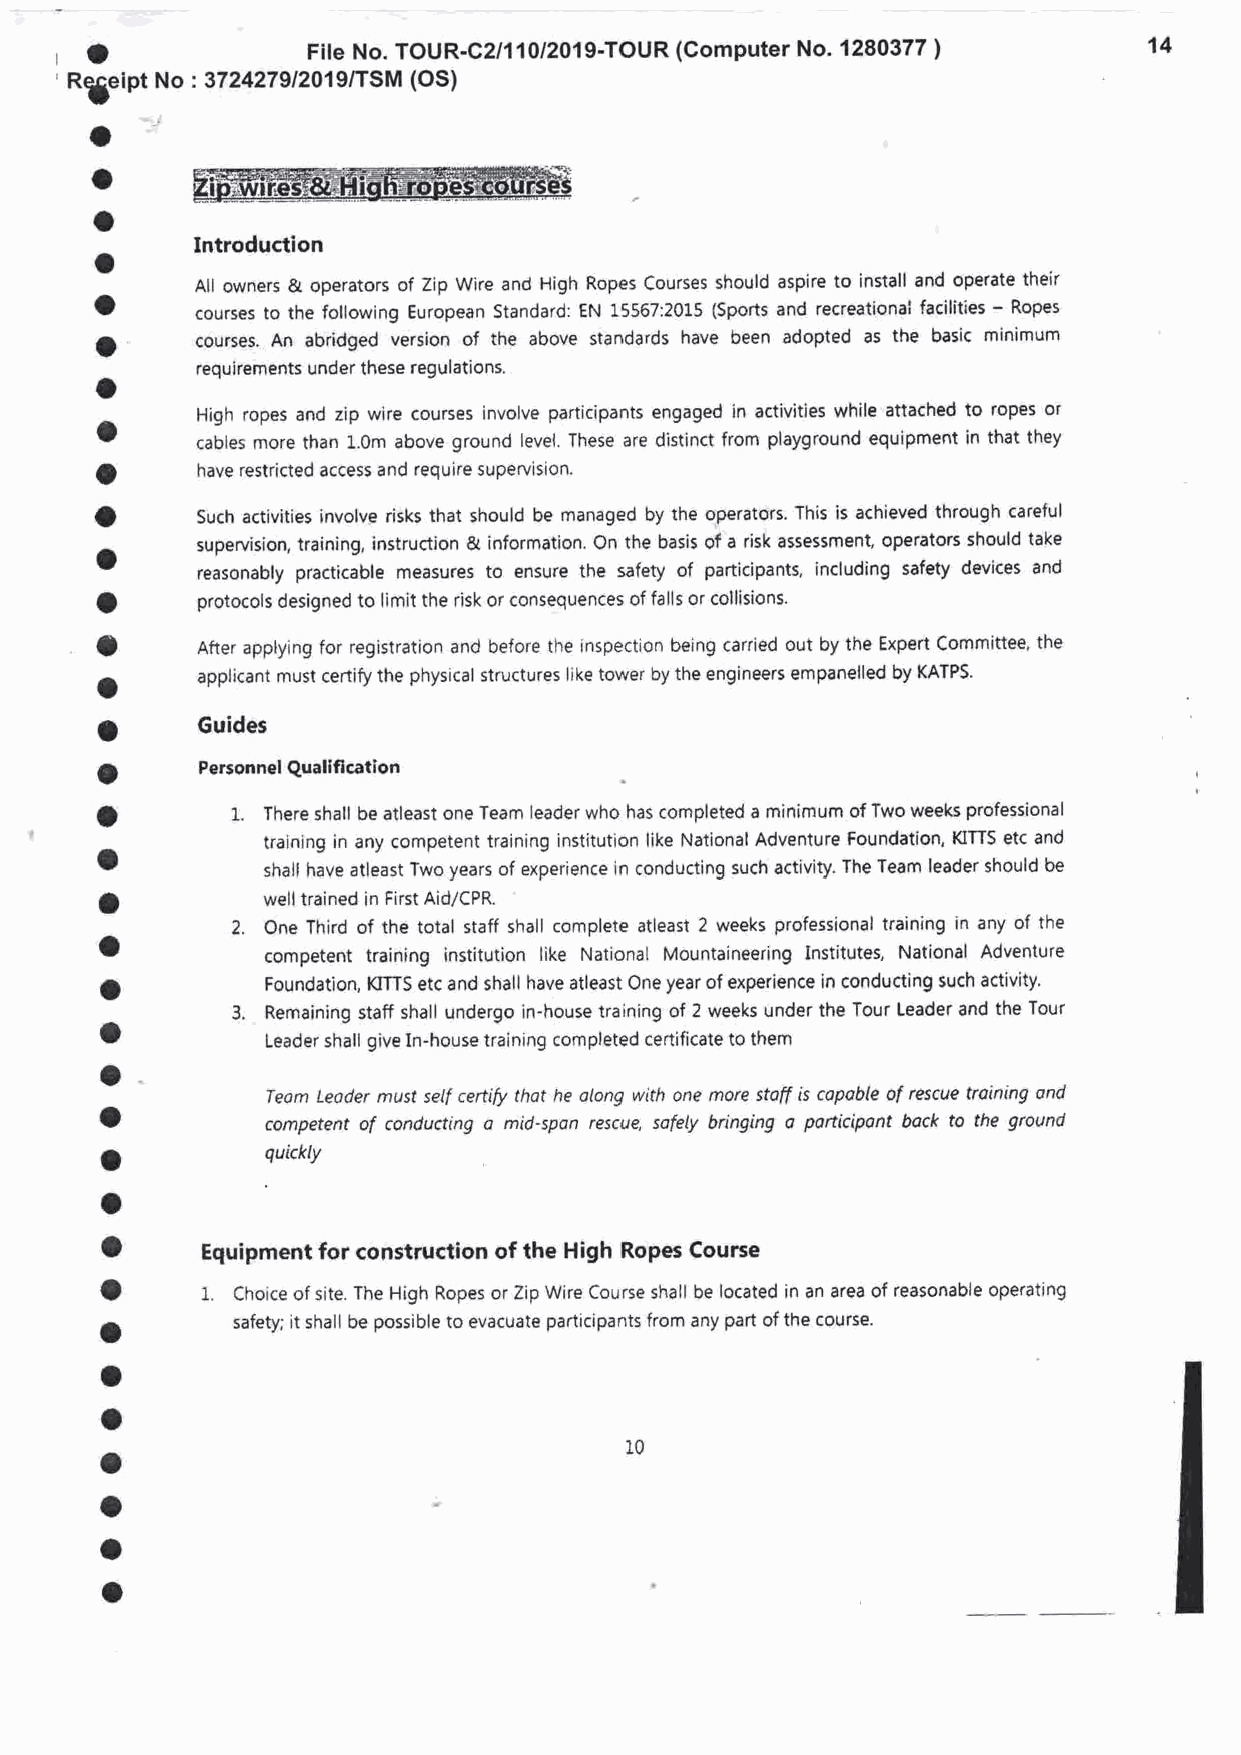
o             Fite No. TOUR-C2/1f 0/2019-TOUR (Computer No. 1280377 ) 14
 RSeiOt No : 3724279/201 9/TSM (OS)
 o
 o
 o
 Introduction
 o
 All owners & operators of Zip Wire and High Ropes Courses should aspire to install and operate their
 o
 courses to the following European Standard: EN 15567:2015 (Sports and recreationai facilities - Ropes
 o      courses. An abridged version of the above standards have been adopted as the basic minimum
 requirements under these regulations.
 o
 o      High ropes and zip wire courses involve participants engaged in activities while attached to ropes or
 cables more than t.0m above ground level. These are distinct from playground equipment in that they
 o
 have restricted access and require supervision.
 o
 Such activities involve risks that should be managed by the operators. This is achieved through careful
 o      supervision, training, instruction & information. On the basis of a risk assessment, oPerators should take
 reasonably practicable measures to ensure the safety of participants, including safety devices and
 o
 protocols designed to limit the risk or consequences of falls or collisions.
 o
 After apptying for registration and before the inspection being carried out by the Expert Committee, the
 o      applicant must certify the physical structures like tower by the engineers empanelled by KATPS.
 o      Guides
 o      Personnel Quallflcation
 o        1. There shall be atleast one Team leader who has completed a minimum of Two weeks professional
 o           training in any competent training institution like National Adventure Foundation, KITTS etc and
 shall have atleast Two years of experience in conducting such activity. The Team leader should be
 a
 well trained in First Aid/CPR.
 2. One Third of the total staff shall complete atleast 2 weeks professional training in any of the
 o
 competent training institution like National Mountaineering Institutes, National Adventure
 o          Foundation, KITTS etc and shall have atleast One year of experience in conducting such activity'
 3. Remaining staff shall undergo in-house training of 2 weeks under the Tour Leader and the Tour
 o
 Leader shall give In-house training completed certificate to them
 a
 Teom Leoder must self certify thot he olong with one more stoff is copoble of rescue troining ond
 o
 competent of conducting o mid-spon rescue, sofely bringing o porticipont bock to the ground
 a          quickly
 o
 o
 Equipment for construction of the High Ropes Course
 o
 1. Choice of site. The High Ropes or Zip Wire Course shall be located in an area of reasonable operating
 o       safety; it shall be possible to evacuate participants from any part of the course.
 a
 o
 o                                 10
 o
 a
 o